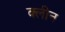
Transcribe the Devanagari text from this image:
क्‍लीन